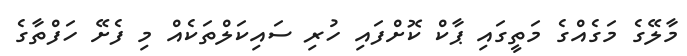
މާލޭގެ މަގެއްގެ މަތީގައި ޕާކް ކޮށްފައި ހުރި ސައިކަލްތަކެއް މި ފެށޭ ހަފްތާގެ